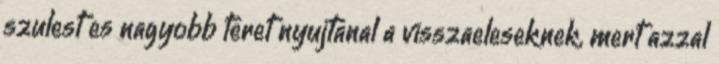
szulest es nagyobb teret nyujtanal a visszaeleseknek, mert azzal